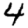
Digit: 4